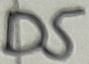
Text: D5